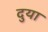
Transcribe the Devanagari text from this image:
दुया